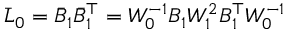
\bar { L } _ { 0 } = \bar { B } _ { 1 } \bar { B } _ { 1 } ^ { \top } = W _ { 0 } ^ { - 1 } B _ { 1 } W _ { 1 } ^ { 2 } B _ { 1 } ^ { \top } W _ { 0 } ^ { - 1 }